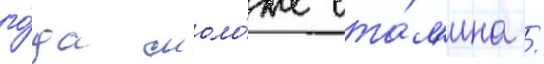
го́да моло́же ста́л'ина /